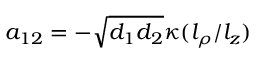
a _ { 1 2 } = - \sqrt { d _ { 1 } d _ { 2 } } \kappa ( l _ { \rho } / l _ { z } )